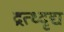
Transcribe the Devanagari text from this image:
द्रत्ध्दृद्य